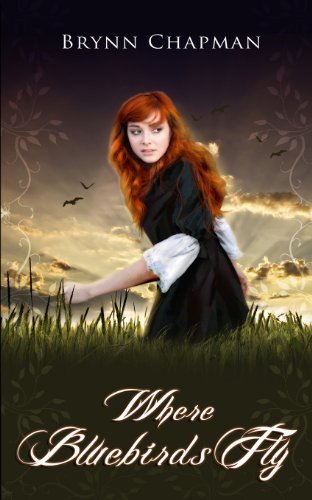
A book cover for Where Bluebirds Fly (Synesthesia Shift Series) (Volume 1); Brynn Chapman; Science Fiction & Fantasy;